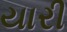
યારી